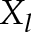
X _ { l }